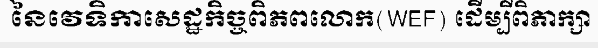
នៃវេទិកាសេដ្ឋកិច្ចពិភពលោក(WEF) ដើម្បីពិភាក្សា